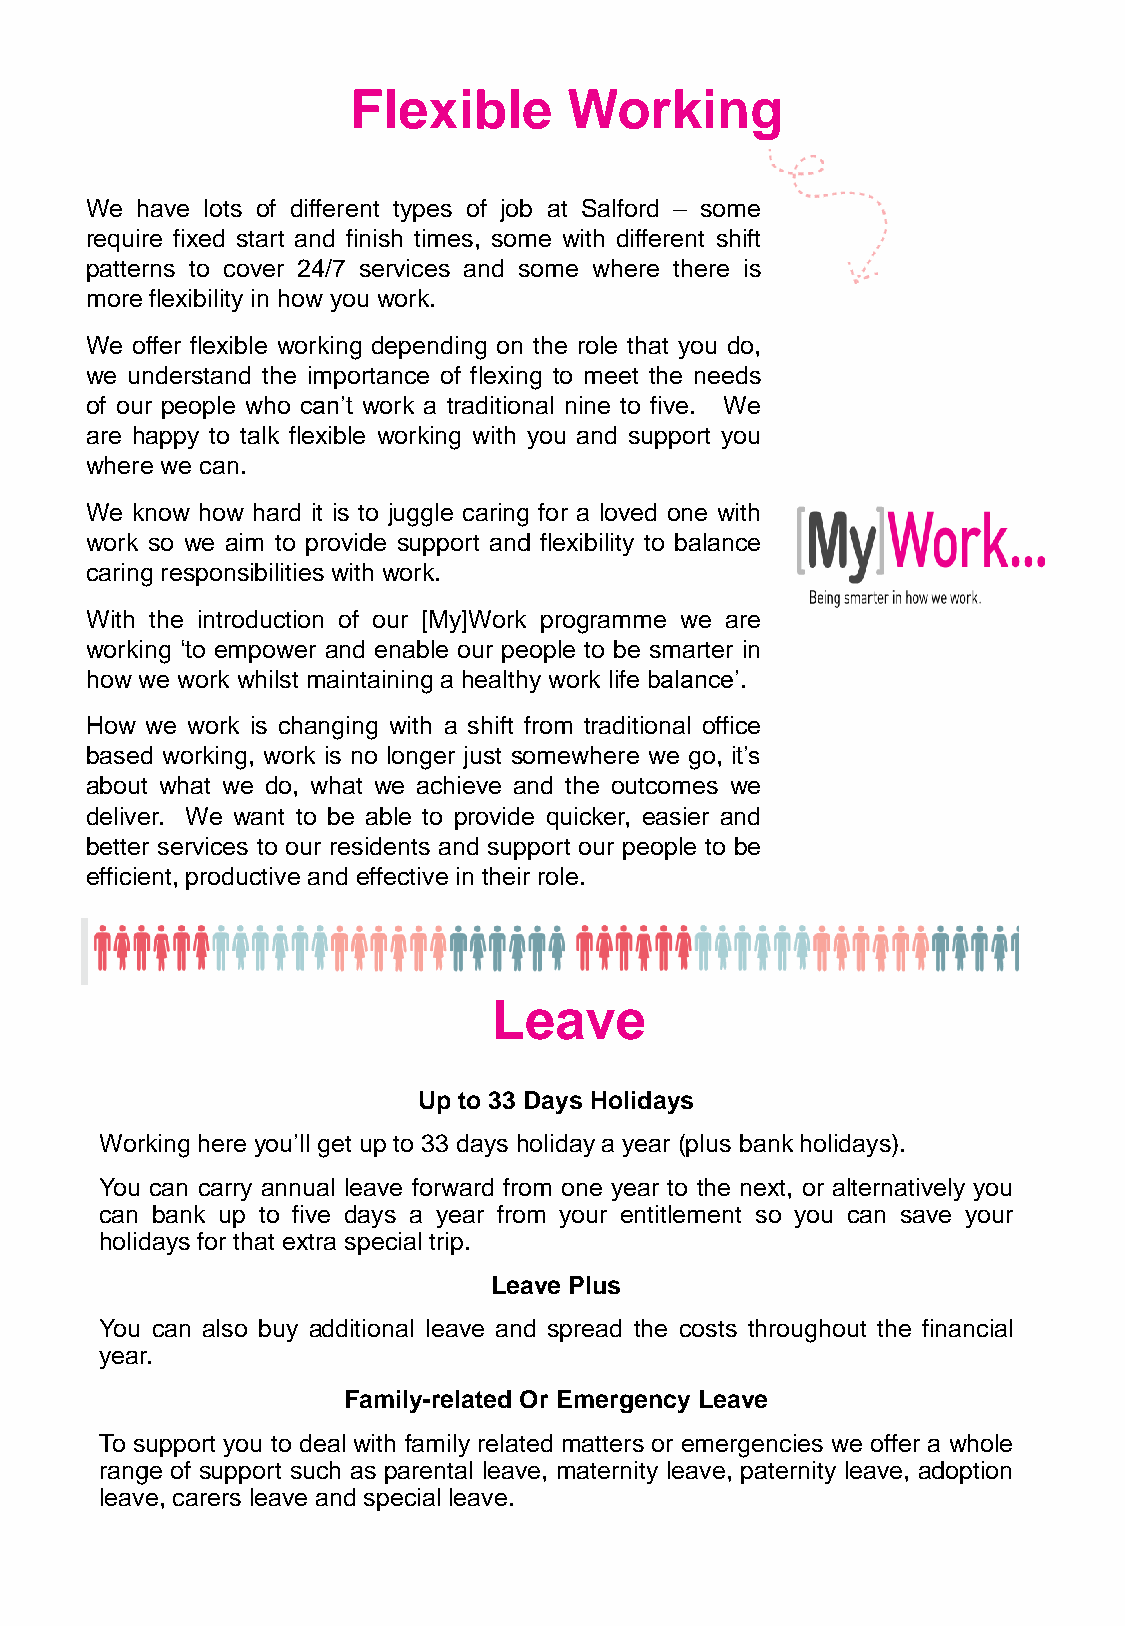
Flexible       Working
 We have lots of different types of job at Salford – some
 require fixed start and finish times, some with different shift
 patterns to cover 24/7 services and some where there is
 more flexibility in how you work.
 We offer flexible working depending on the role that you do,
 we understand the importance of flexing to meet the needs
 of our people who can’t work a traditional nine to five. We
 are happy to talk flexible working with you and support you
 where we can.
 We know how hard it is to juggle caring for a loved one with
 work so we aim to provide support and flexibility to balance
 caring responsibilities with work.
 With the introduction of our [My]Work programme we are
 working ‘to empower and enable our people to be smarter in
 how we work whilst maintaininga healthy work life balance’.
 How we work is changing with a shift from traditional office
 based working, work is no longer just somewhere we go, it’s
 about what we do, what we achieve and the outcomes we
 deliver. We want to be able to provide quicker, easier and
 better services to our residents and support our people to be
 efficient, productive and effective in their role.
 Leave
 Up to 33 Days Holidays
 Workinghere you’ll get up to 33 days holiday a year (plus bankholidays).
 You can carry annual leave forward from one year to the next, or alternatively you
 can bank up to five days a year from your entitlement so you can save your
 holidays for that extra special trip.
 Leave Plus
 You can also buy additional leave and spread the costs throughout the financial
 year.
 Family-related Or Emergency Leave
 To support you to deal with family related matters or emergencies we offer a whole
 range of support such as parental leave, maternity leave, paternity leave, adoption
 leave, carers leave and special leave.